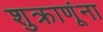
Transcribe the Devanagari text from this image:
शुक्राणूंना